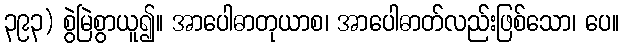
၃၉၃) စွဲမြဲစွာယူ၍။ အာပေါဓာတုယာစ၊ အာပေါဓာတ်လည်းဖြစ်သော၊ ပေ။